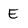
Character: E